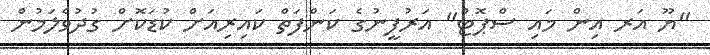
"ޔޫ އަރ އިން މައި ސްޕޮޓް" އަރުފީނުގެ ކަންފަތް ކައިރިއަށް ކުޑަކޮށް ގުދުވެލަމުން